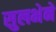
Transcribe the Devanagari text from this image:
सुलभेने